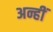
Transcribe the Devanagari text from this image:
अन्हीं